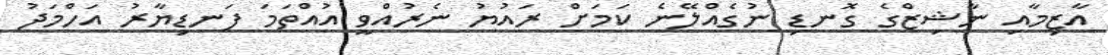
އާޒިމާއި ނާޝިޒްގެ ގޮނޑި ނުގެއްލޭނެ ކަމަށް ރައުޔު ނެރުއްވީ އުއްތަމަ ފަނޑިޔާރު އަހްމަދު